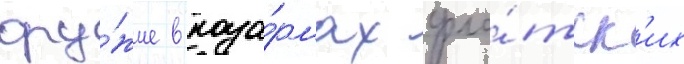
ору́жие в каза́рмах фло́тск'их